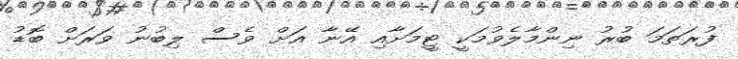
ފުރަތަމަ ބުރު ނިންމާލެވުމަކީ ޓީމަށާއި އޭނާ އަށް ވެސް ލިބުނު ވަރަށް ބޮޑު